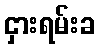
ငှားရမ်းခ